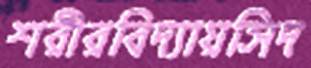
শরীরবিদ্যায়সিদ